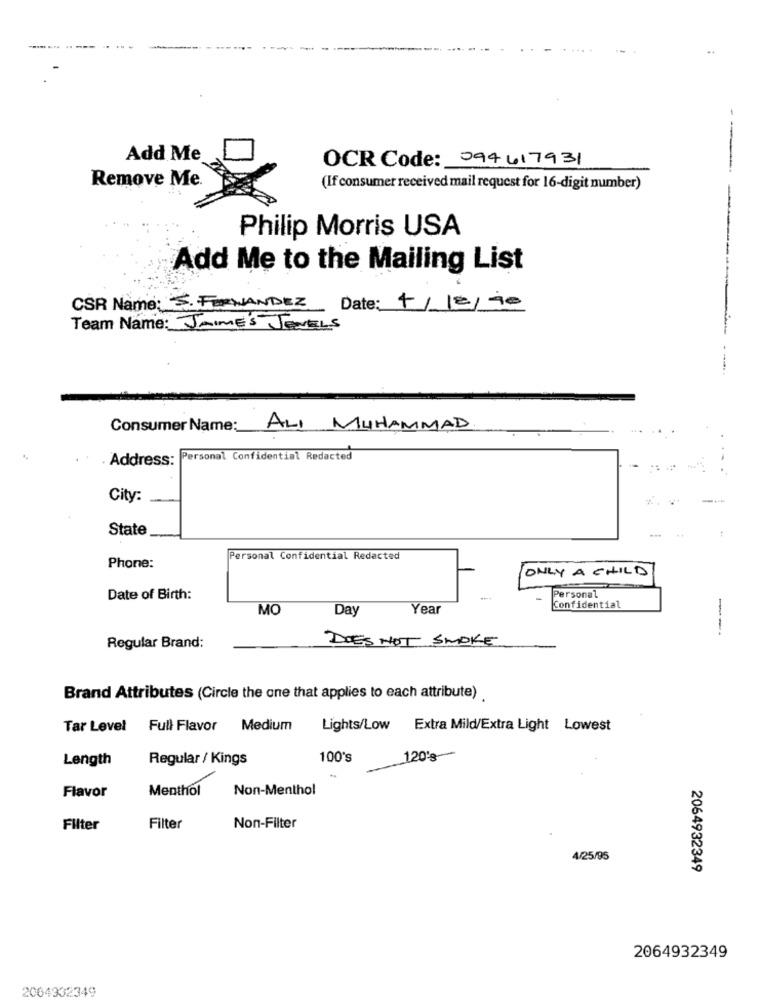
Add Me
OCR Code: 094617931
---
Remove Me.
(If consumer received mail request for 16-digit number)
Philip Morris USA
---
Add Me to the Mailing List
CSR Name: S. FERNANDEZ
Date: 4/12/90
Team Name: JAIME'S JEVELS
Consumer Name :_
ALI MUHAMMAD
. Address: Personal Confidential Redacted
City:
State
Personal Confidential Redacted
Phone:
ONLY A CHILD
Date of Birth:
Personal
MC
Day
Year
Confidential
---
DOES NOT SMOKE
Regular Brand:
Brand Attributes (Circle the one that applies to each attribute)
Tar Level Full Flavor
Medium
Lights/Low Extra Mild/Extra Light Lowest
Length
Regular / Kings
100's
120's
Menthol
Non-Menthol
Flavor
Filter
Filter
Non-Filter
4/25/95
2064932349
2064932349
2064932349